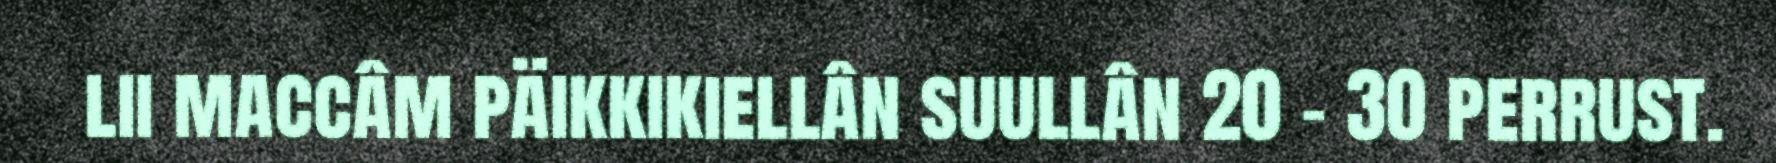
lii maccâm päikkikiellân suullân 20 – 30 perrust.